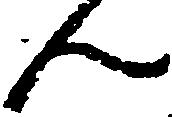
ん